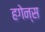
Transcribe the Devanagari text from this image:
हगेन्स